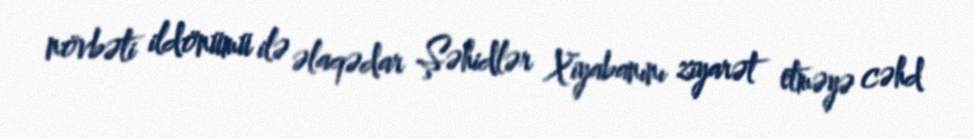
növbəti ildönümü ilə əlaqədar Şəhidlər Xiyabanını ziyarət etməyə cəhd